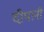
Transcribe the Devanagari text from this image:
दीपानी